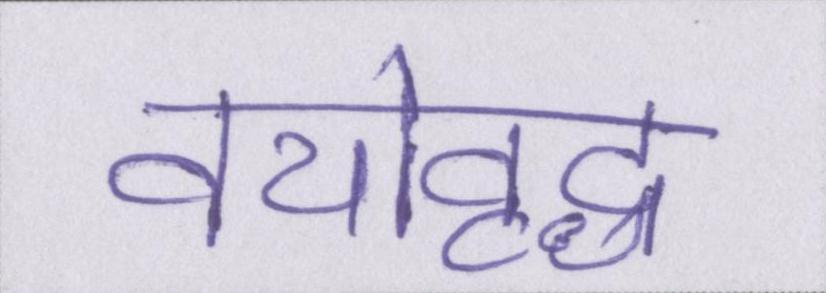
वयोवृद्ध